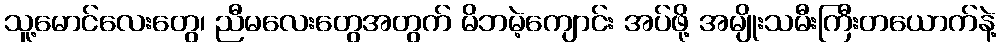
သူ့မောင်လေးတွေ၊ ညီမလေးတွေအတွက် မိဘမဲ့ကျောင်း အပ်ဖို့ အမျိုးသမီးကြီးတယောက်နဲ့